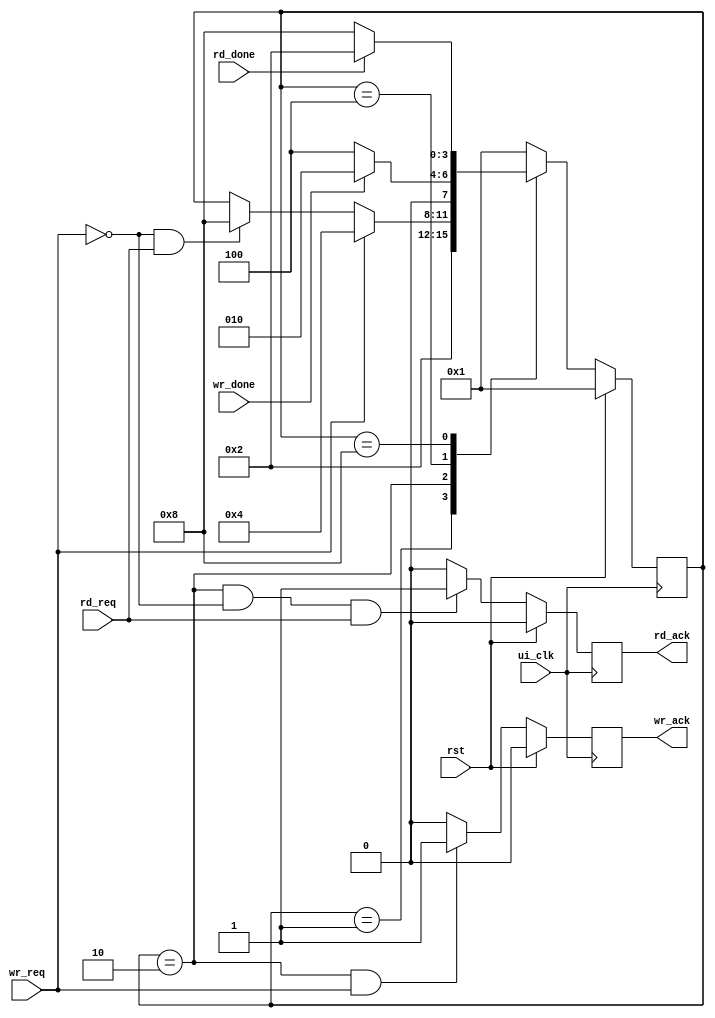
module ddr_arbit(
    input  wire ui_clk,
    input  wire rst,
    input  wire wr_req,
    output wire wr_ack,
    input  wire wr_done,

    input  wire rd_req,
    output wire rd_ack,
    input  wire rd_done
);
//parameter define
parameter IDLE  = 4'b0001;
parameter ARBIT = 4'b0010;
parameter WRITE = 4'b0100;
parameter READ  = 4'b1000;
//internal signal
reg       wr_ack_r;
reg       rd_ack_r;
reg [3:0] state;

assign wr_ack = wr_ack_r;
assign rd_ack = rd_ack_r;
//state machine
always @(posedge ui_clk) begin
    if (rst) begin
        state <= IDLE;
    end
    else begin
        case (state)
            IDLE:begin
                state <= ARBIT;
            end 
            ARBIT:begin
                if (wr_req) begin
                    state <= WRITE;
                end
                else if (!wr_req && rd_req) begin
                    state <= READ;
                end
            end
            WRITE:begin
                if (wr_done) begin
                    state <= ARBIT;
                end
                else state <= WRITE;
            end
            READ:begin
                if (rd_done) begin
                    state <= ARBIT;
                end
                else state <= READ;
            end
            default: state <= IDLE;
        endcase
    end
end
//wr_ack_r
always @(posedge ui_clk) begin
    if (rst) begin
        wr_ack_r <= 1'b0;
    end
    else if (state == ARBIT && wr_req) begin
        wr_ack_r <= 1'b1;
    end
    else wr_ack_r <= 1'b0;
end
//rd_ack_r
always @(posedge ui_clk) begin
    if (rst) begin
        rd_ack_r <= 1'b0;
    end
    else if (state == ARBIT && !wr_req && rd_req) begin
        rd_ack_r <= 1'b1;
    end
    else rd_ack_r <= 1'b0;
end

endmodule